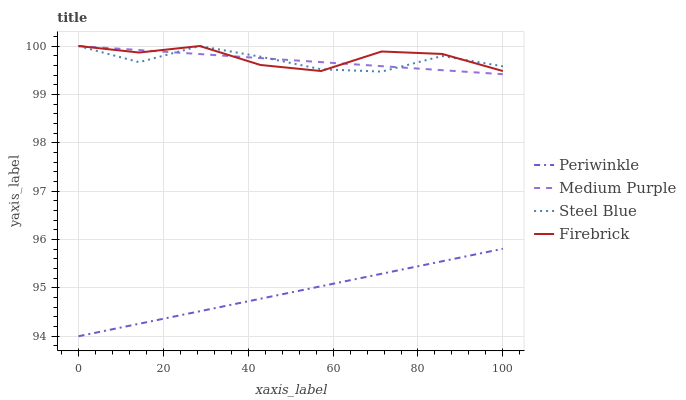
| xaxis_label | Periwinkle | Medium Purple | Steel Blue | Firebrick |
 | --- | --- | --- | --- | --- |
 | 0 | 94 | 100 | 100 | 100 |
 | 14.3 | 94.3 | 99.9 | 99.7 | 99.9 |
 | 28.6 | 94.5 | 99.8 | 100 | 100 |
 | 42.9 | 94.8 | 99.8 | 99.8 | 99.6 |
 | 57.1 | 95 | 99.7 | 99.5 | 99.5 |
 | 71.4 | 95.3 | 99.6 | 99.5 | 99.9 |
 | 85.7 | 95.6 | 99.5 | 99.8 | 99.8 |
 | 100 | 95.8 | 99.4 | 99.6 | 99.5 |